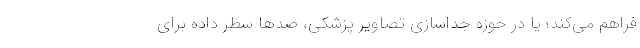
فراهم می‌کند؛ یا در حوزه جداسازی تصاویر پزشکی، صدها سطر داده برای